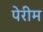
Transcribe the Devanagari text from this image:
पेरीम